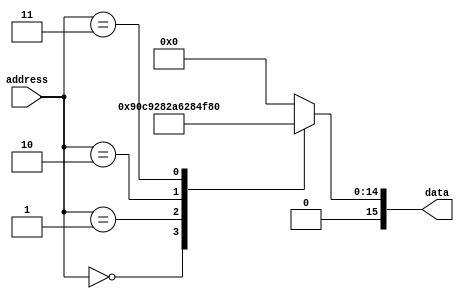
module InstructionMemory(
    input [7:0] address,
    output reg [15:0] data
);

    always @ (address)
    begin
        case (address)
				8'h00: data = 16'h4864;
            8'h01: data = 16'h4A0A;
            8'h02: data = 16'h4C50;
            8'h03: data = 16'h4F96;
            default: data = 16'h0000;
        endcase
    end
endmodule